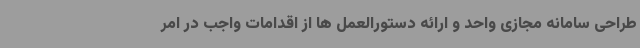
طراحی سامانه مجازی واحد و ارائه دستورالعمل ها از اقدامات واجب در امر